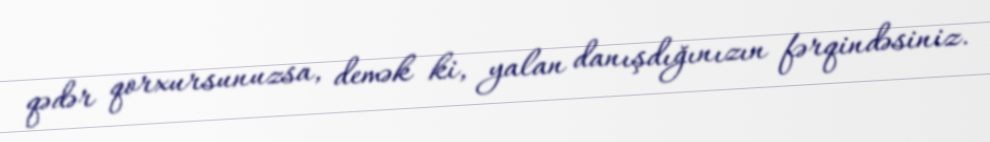
qədər qorxursunuzsa, demək ki, yalan danışdığınızın fərqindəsiniz.